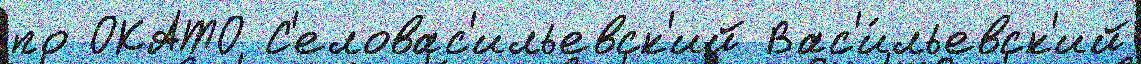
по ОКАТО С'еловас'ильевск'ий Вас'и́льевск'ий